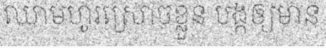
ឈាមហូរស្រោចខ្លួន បង្កឲ្យមាន